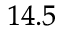
_ { 1 4 . 5 }